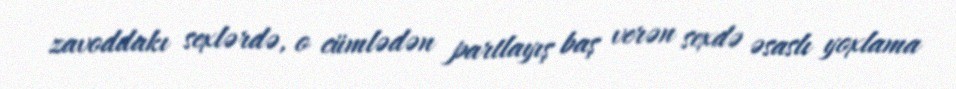
zavoddakı sexlərdə, o cümlədən partlayış baş verən sexdə əsaslı yoxlama